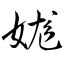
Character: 娏